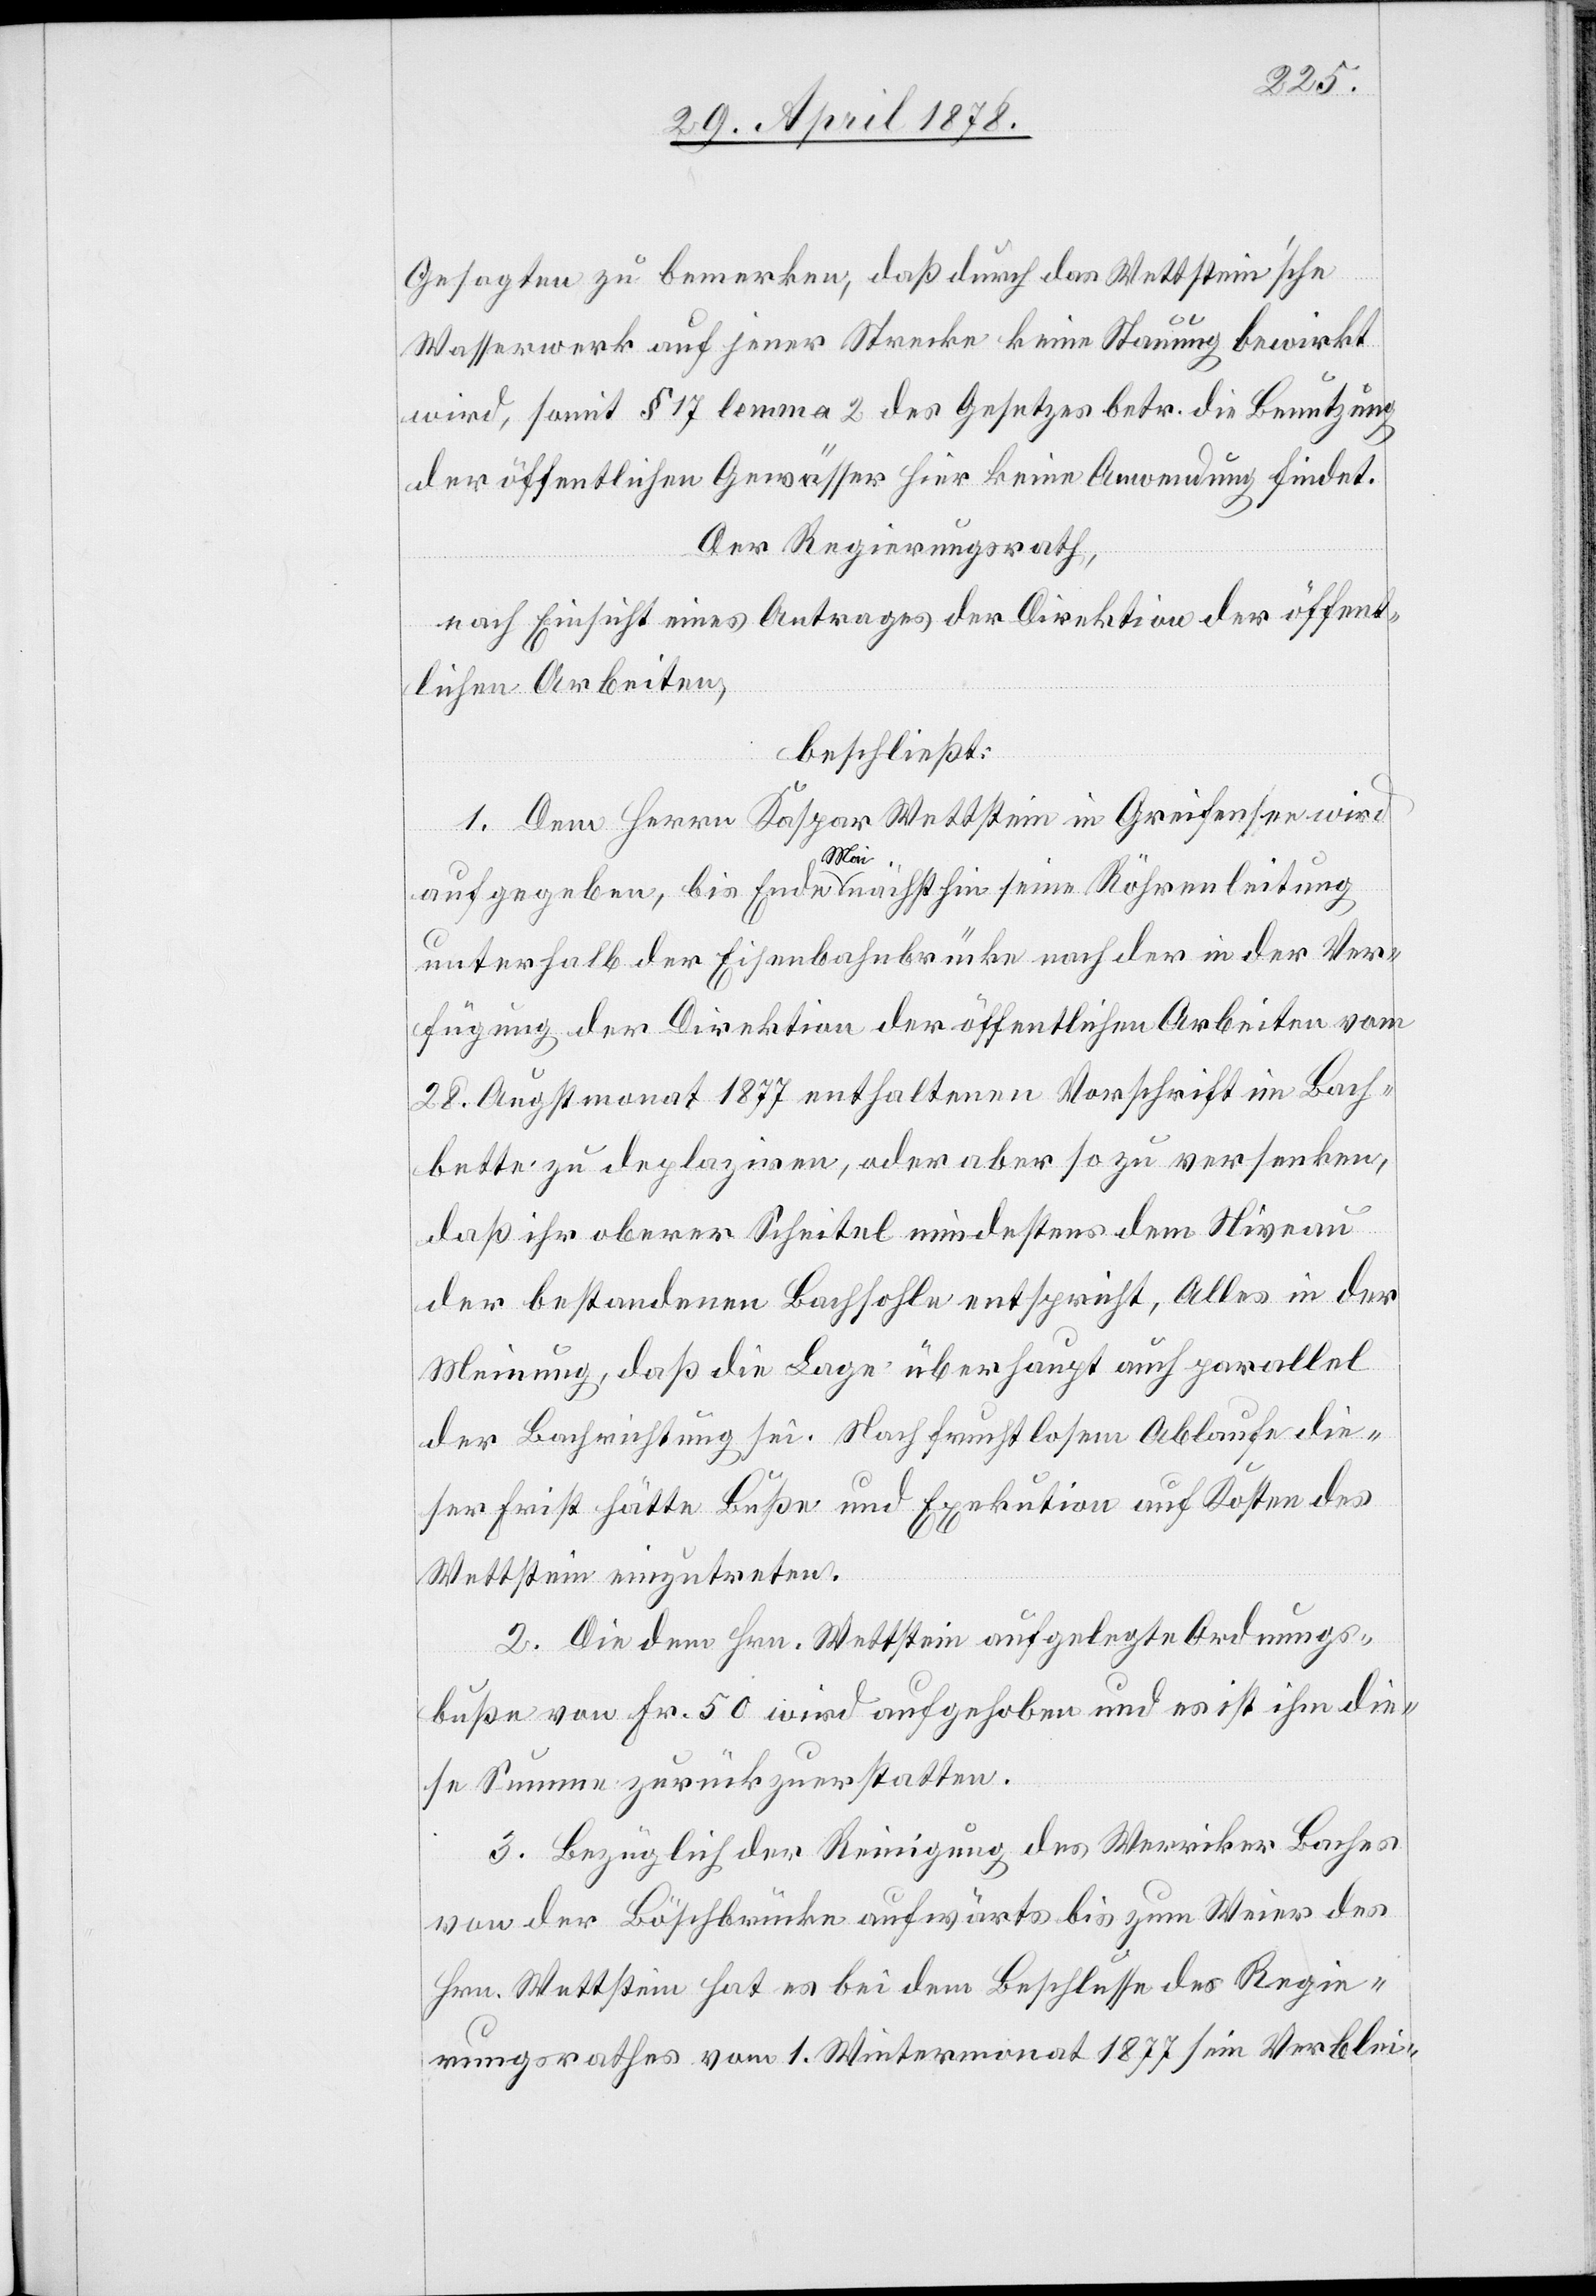
Gesagten zu bemerken, daß durch das Wettstein’sche
Wasserwerk auf jener Strecke keine Stauung bewirkt
wird, somit § 17 lemma 2 des Gesetzes betr. die Benutzung
der öffentlichen Gewässer hier keine Anwendung findet.
Der Regierungsrath,
nach Einsicht eines Antrages der Direktion der öffent¬
lichen Arbeiten,
beschließt:
1. Dem Herrn Kaspar Wettstein in Greifensee wird
aufgegeben, bis Ende Mai nächsthin seine Röhrenleitung
unterhalb der Eisenbahnbrücke nach der in der Ver¬
fügung der Direktion der öffentlichen Arbeiten vom
28. Augstmonat 1877 enthaltenen Vorschrift im Bach¬
bette zu deplaziren, oder aber so zu versenken,
daß ihr oberer Scheitel mindestens dem Niveau
der bestandenen Bachsohle entspricht, Alles in der
Meinung, daß die Lage überhaupt auch parallel
der Bachrichtung sei. Nach fruchtlosem Ablaufe die¬
ser Frist hätte Buße und Exekution auf Kosten des
Wettstein einzutreten.
2. Die dem Hrn. Wettstein aufgelegte Ordnungs¬
buße von Fr. 50 wird aufgehoben und es ist ihm die¬
se Summe zurückzuerstatten.
3. Bezüglich der Reinigung des Werriker Baches
von der Böschbrücke aufwärts bis zum Weier des
Hrn. Wettstein hat es bei dem Beschlusse des Regie¬
rungsrathes vom 1. Wintermonat 1877 sein Verblei-